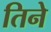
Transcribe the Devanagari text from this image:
तिनेे